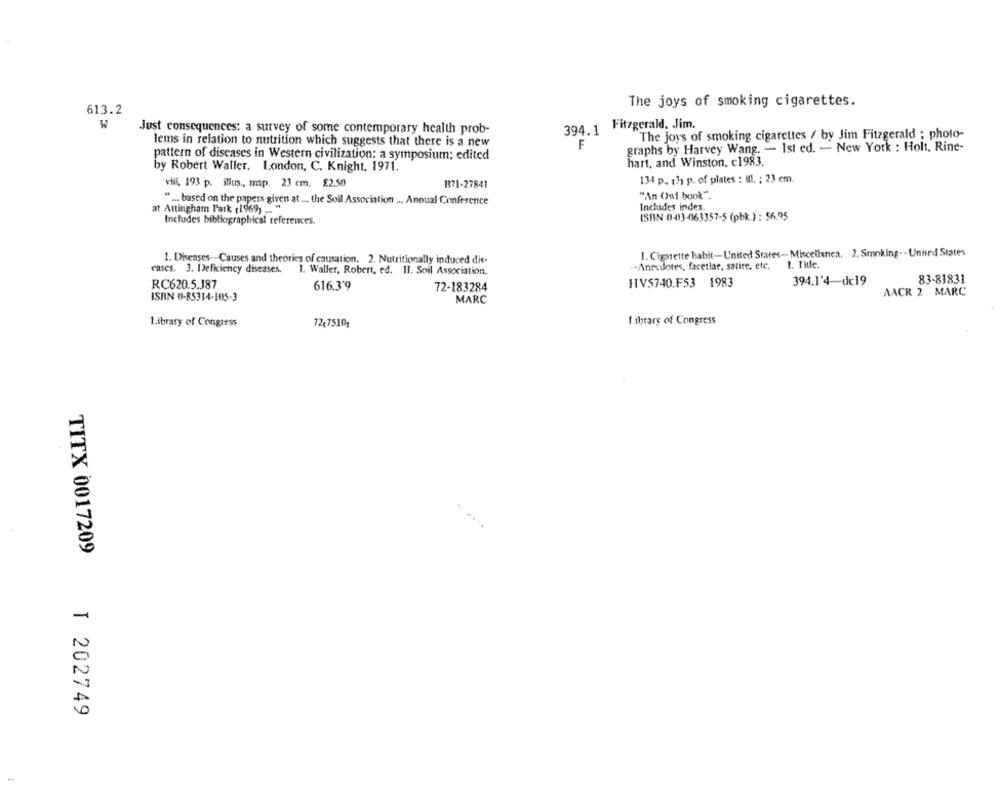
The joys of smoking cigarettes.
613.2
W
394. 1 Fitzgerald, Jim.
Just consequences: a survey of some contemporary health prob-
The joys of smoking cigarettes / by Jim Fitzgerald ; photo-
lems in relation to nutrition which suggests that there is a new
F
graphs by Harvey Wang. - Ist ed. - New York : Holt, Rine-
pattern of diseases in Western civilization: a symposium: edited
by Robert Waller. London, C. Knight, 1971.
hart, and Winston, c1983.
vill, 193 p. illus ., map. 23 cm. £2.50
371-27841
134 p. 13) p. of plates : ill. ; 23 cm.
" ... based on the papers given at ... the Soil Association ... Annual Conference
"An Owl book".
at Attingham Park (1969, ... "
Includes index.
ISBN 0-03-463357-5 (pbk ) : 56,95
Includes bibliographical references.
1. Cigarette habit -- United States-Miscellanea. 2. Smoking .- United States
1. Diseases -- Causes and theories of causation. 2. Nutritionally induced dis-
... Anecdotes, facetiae, satire, etc.
1. Title
cases. 3. Deficiency diseases. 1. Waller, Robert, ed. II. Soil Association,
394.1'4-de19
83-81831
RC620.5.187
616.3'9
72-183284
HV$740.F53 1983
ISBN 0-85314-105-3
AACR 2 MARC
MARC
Library of Congress
Library of Congress
12,7510;
TITX 0017209
T 202749